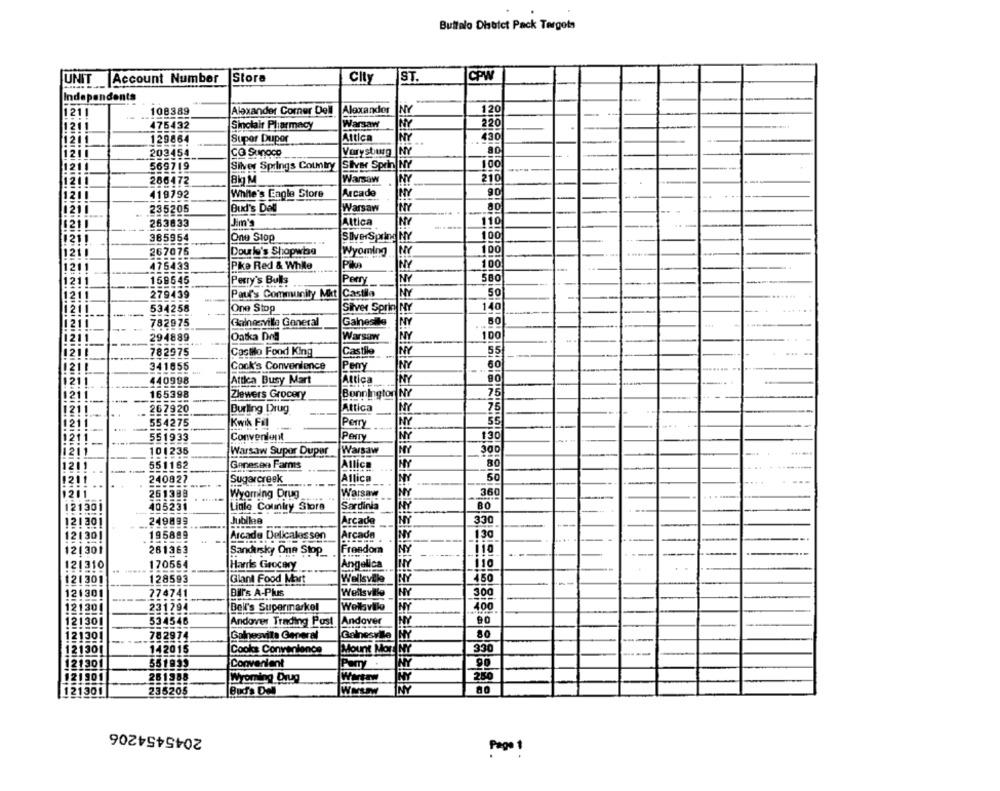
Buttalo Dhabiet Pack Targets
UNIT Account Number
Store
City
ST.
CPW
Independents
1211
108389
Alexander Comer Dell
Alexander
NY
120
1211
475432
Sinclair Pharmacy
Warsaw
220
1211
129864
Super Duper
Attica
NY
430
NY
203454
CO Sunoco
Vorysburg
1211
569719
Silver Springs Country
SIyar Sprin NY
286472
8kg M
Warsaw
NY
210
419792
White's Cagle Store
Arcado
90
1211
235205
Bud's Dell
Warsaw
80
Jim's
Altica
NY
110
1211
263833
2'
385954
One Stop
100
SilverSpring NY
121 1
267075
Dourle's Shopwise
Wyoming
100
475433
Pike Red & While
NY
100
580
1211
159545
Perry's Bulls
Perry
NY
211
279439
Paul's Community Mkt Castila
NY
50
121
534258
One Stop
Silver Sprin NY
140
-----
782975
Gainesville General
Galnesile
NY
1211
294889
Oatka Dos
Warsaw
NY
100
--
11211
782975
Castilo Food King
Castile
NY
55
1211
341655
Cook's Convenience
Peny
121
440998
Attica Busy Mart
Attica
NY
90
165398
Zlewers Grocery
Bonnington
NY
1211
1211
267920
Burling Drug
Attica
NY
7
211
554275
Kwik Fal
Perry
NY
Perry
NY
130
211
551933
Convenient
1211
101235
Warsaw
300
Warsaw Super Duper
1211
551162
Genesen Farms
Atlica
--
1211
240827
Sugarcreek
Allica
NY
50
261388
Wyomning Drug
Warsaw
NY
360
405231
Liale Country Store
Sardinia
BO
121301
121301
249899
Jubilne
Arcade
330
121301
195889
Arcade Delicales sen
130
Arcade .
121301
261363
Sandursky One Stop
Freedom
121310
170564
Harris Grocery
Angelica
110
450
121301
128593
Giant Food Mart
Wellsville
--
121301
774741
BI's A-Plus
Wellsville
NY
300
121301
231794
Bell's Supermarkel
Wellsville
400
121301
534546
Andover Trading Post
Andover
HY
90
80
121301
--
782914
Galnesvila General
Gainesvile
INY
142015
Cooks Convenience
Mount Mor. NY
330
121301
121301
551939
Convenient
NY
90
121801
261988
Wyoming Drug
NY
250
80
121301
235205
Bud's Del
WMLW
NY
2045454206
Pago !